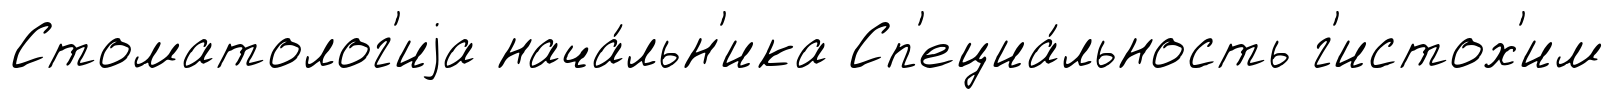
Стоматолог'иjа нача́льн'ика Сп'ециа́льность г'истох'им